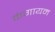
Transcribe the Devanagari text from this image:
कंगायम